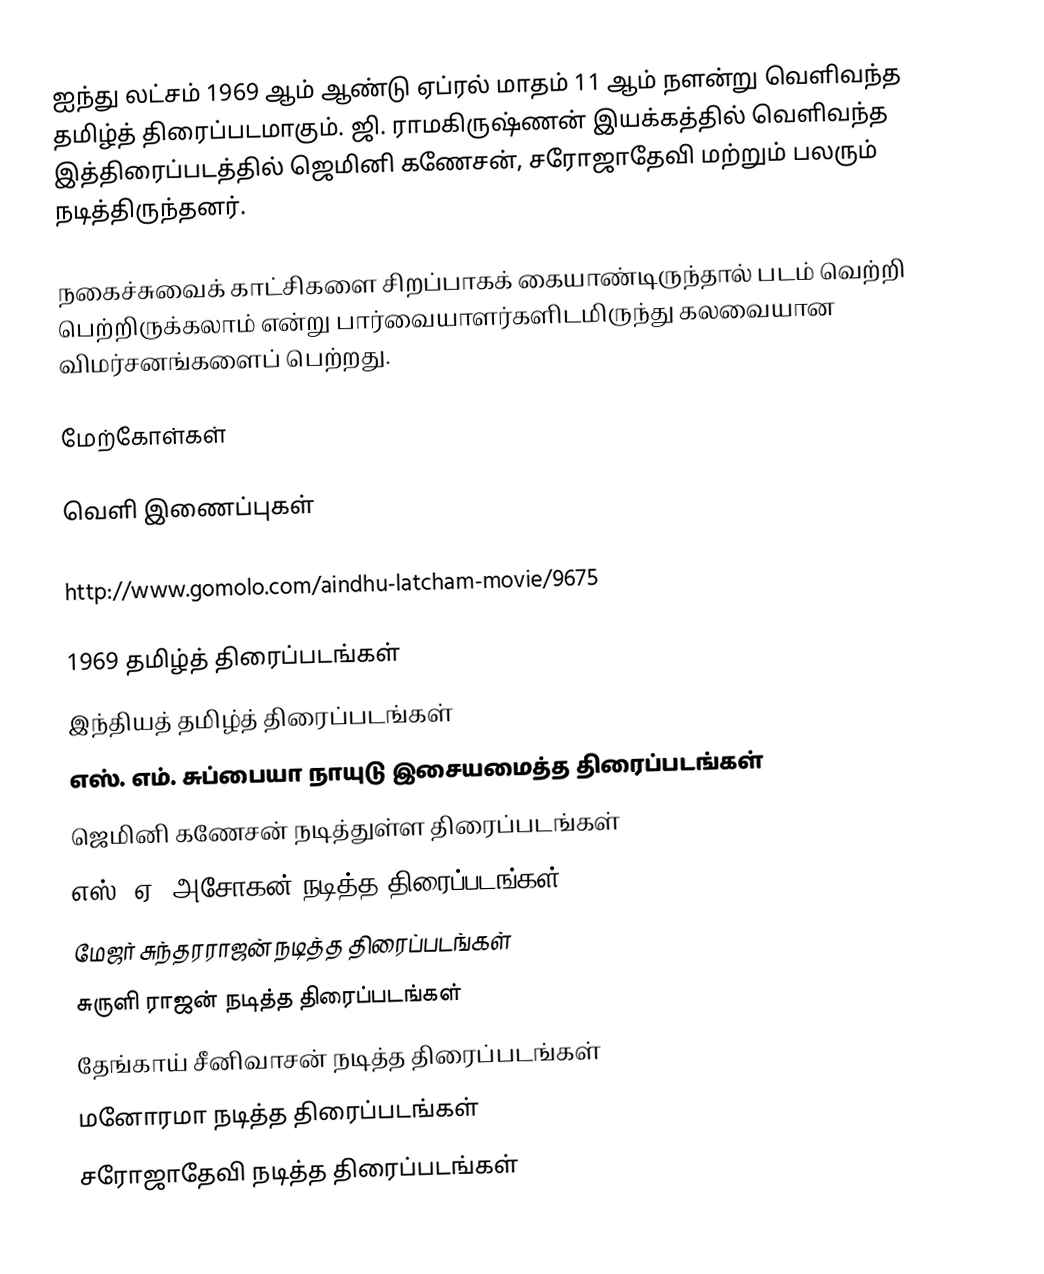
ஐந்து லட்சம் 1969 ஆம் ஆண்டு ஏப்ரல் மாதம் 11 ஆம் நளன்று வெளிவந்த தமிழ்த் திரைப்படமாகும். ஜி. ராமகிருஷ்ணன் இயக்கத்தில் வெளிவந்த இத்திரைப்படத்தில் ஜெமினி கணேசன், சரோஜாதேவி மற்றும் பலரும் நடித்திருந்தனர்.

நகைச்சுவைக் காட்சிகளை சிறப்பாகக் கையாண்டிருந்தால் படம் வெற்றி பெற்றிருக்கலாம் என்று பார்வையாளர்களிடமிருந்து கலவையான விமர்சனங்களைப் பெற்றது.

மேற்கோள்கள்

வெளி இணைப்புகள்

 http://www.gomolo.com/aindhu-latcham-movie/9675

1969 தமிழ்த் திரைப்படங்கள்
இந்தியத் தமிழ்த் திரைப்படங்கள்
எஸ். எம். சுப்பையா நாயுடு இசையமைத்த திரைப்படங்கள்
ஜெமினி கணேசன் நடித்துள்ள திரைப்படங்கள்
எஸ். ஏ. அசோகன் நடித்த திரைப்படங்கள்
மேஜர் சுந்தரராஜன் நடித்த திரைப்படங்கள்
சுருளி ராஜன் நடித்த திரைப்படங்கள்
தேங்காய் சீனிவாசன் நடித்த திரைப்படங்கள்
மனோரமா நடித்த திரைப்படங்கள்
சரோஜாதேவி நடித்த திரைப்படங்கள்